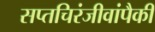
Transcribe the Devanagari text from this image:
सप्तचिरंजीवांपैकी